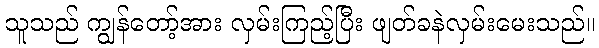
သူသည် ကျွန်တော့်အား လှမ်းကြည့်ပြီး ဖျတ်ခနဲလှမ်းမေးသည်။